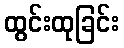
ထွင်းထုခြင်း